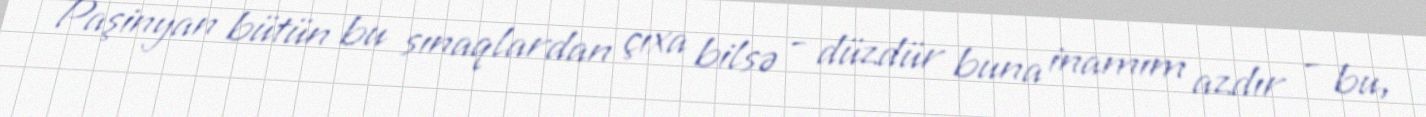
Paşinyan bütün bu sınaqlardan çıxa bilsə - düzdür buna inamım azdır - bu,